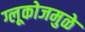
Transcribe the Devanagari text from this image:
ग्लूकोजमुळे